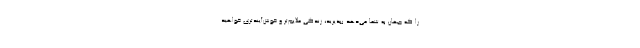
را که جهان به شما می‌دهد بپذیرید، زندگی ملایم‌تر و خوش‌آیندتری خواهید